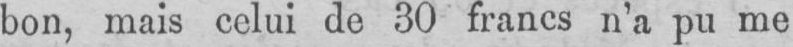
bon, mais celui de 30 francs n’a pu me